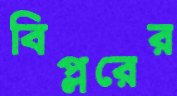
বিপ্লরের